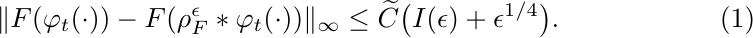
\begin{equation}
\label{ContinuityConvolution2}
\| F(\varphi_t(\cdot)) - F(\rho^\epsilon_F*\varphi_t(\cdot)) \|_\infty
\leq \widetilde{C}\big(I(\epsilon)+\epsilon^{1/4}\big).
\end{equation}